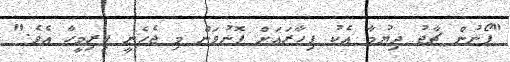
"ފޯނުން ޗާޖު ދިޔުމާ އެކު ފިހާރައަށް ފޮނުވަން މި ޖެހެނީ ފިރިމީހާ އެވެ."